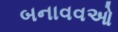
બનાવવઓ